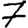
Digit: 7